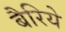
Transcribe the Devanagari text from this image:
बैरिये